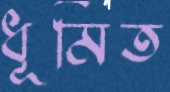
ধূমিত